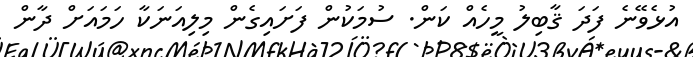
އުޅެވޭނެ ފަދަ ޤާބިލު މީހެއް ކަން. ސުމަކުން ފަށައިގެން މިލިއަނަކާ ހަމައަށް ދާން